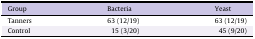
<table><thead><tr><td><b>Group</b></td><td><b>Bacteria</b></td><td><b>Yeast</b></td></tr></thead><tbody><tr><td>Tanners</td><td>63 (12/19)</td><td>63 (12/19)</td></tr><tr><td>Control</td><td>15 (3/20)</td><td>45 (9/20)</td></tr></tbody></table>